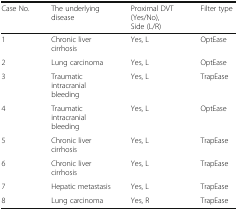
<table><thead><tr><td><b>Case No.</b></td><td><b>The underlying disease</b></td><td><b>Proximal DVT (Yes/No), Side (L/R)</b></td><td><b>Filter type</b></td></tr></thead><tbody><tr><td>1</td><td>Chronic liver cirrhosis</td><td>Yes, L</td><td>OptEase</td></tr><tr><td>2</td><td>Lung carcinoma</td><td>Yes, L</td><td>OptEase</td></tr><tr><td>3</td><td>Traumatic intracranial bleeding</td><td>Yes, L</td><td>TrapEase</td></tr><tr><td>4</td><td>Traumatic intracranial bleeding</td><td>Yes, L</td><td>OptEase</td></tr><tr><td>5</td><td>Chronic liver cirrhosis</td><td>Yes, L</td><td>TrapEase</td></tr><tr><td>6</td><td>Chronic liver cirrhosis</td><td>Yes, L</td><td>TrapEase</td></tr><tr><td>7</td><td>Hepatic metastasis</td><td>Yes, L</td><td>TrapEase</td></tr><tr><td>8</td><td>Lung carcinoma</td><td>Yes, R</td><td>TrapEase</td></tr></tbody></table>